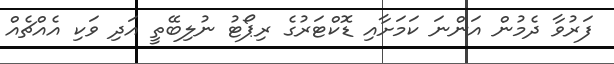
ފަރުވާ ދެމުން އަންނަ ކަމަށާއި ޑޮކްޓަރުގެ ރިޕޯޓު ނުލިބޭތީ އަދި ވަކި އެއްޗެއް